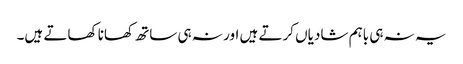
یہ نہ ہی باہم شادیاں کرتے ہیں اور نہ ہی ساتھ کھانا کھاتے ہیں۔